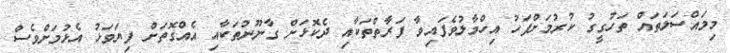
މިމައްސަލަތައް ތަހުގީގު ކުރުމަށްފަހު އިހްމާލުވެފައިވާ ފަރާތްތަކާއި ދެކޮޅަށް ގާނޫނުތަކާއި އެއްގޮތަށް ފިޔަވަޅު އެޅުމަށްވެސް